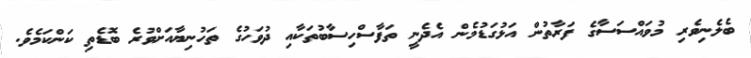
ބެލެނިވެރި މުވައްސަސާގެ ފަރާތުން އަޅުގަޑުމެން އެދެނީ ތަފާސްހިސާބުތަކާއި ދުވަހުގެ ތަހުނިޔާއަށްވުރެ ބޮޑެތި ކަންކަމެވެ.